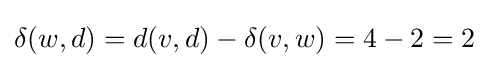
\delta (w,d)=d(v,d)-\delta (v,w)=4-2=2